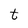
Character: t